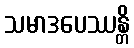
သမာဒပေဿန္တိ